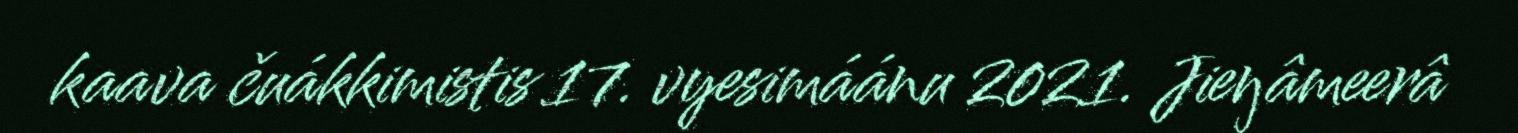
kaava čuákkimistis 17. vyesimáánu 2021. Jieŋâmeerâ